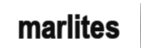
marlites